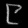
Digit: ၉